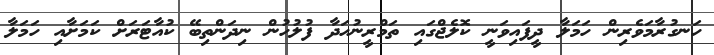
ހަނގުރާމަވެރިން ހަމަލާ ދީފައިވަނީ ކޮލެޖްގައި ތަމްރީނުހަދާ ފުލުހުން ނިދަންތިބޭ ކުއާޓަރަށް ކަމަށާއި ހަމަލާ